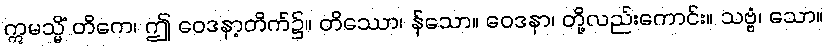
ဣမသ္မိံ တိကေ၊ ဤ ဝေဒနာ့တိက်၌။ တိဿော၊ န်သော။ ဝေဒနာ၊ တို့လည်းကောင်း။ သဗ္ဗံ၊ သော။